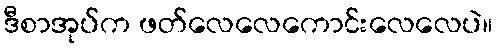
ဒီစာအုပ်က ဖတ်လေလေကောင်းလေလေပဲ။